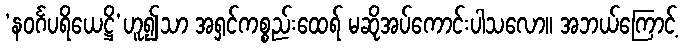
‘နဝင်္ဂပရိယေဋ္ဌိ’ဟူ၍သာ အရှင်ကစ္စည်းထေရ် မဆိုအပ်ကောင်းပါသလော။ အဘယ်ကြောင့်